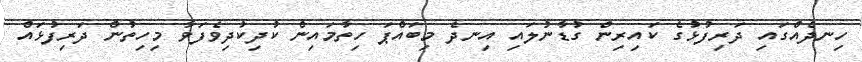
ހިނދެއްގައި ދަރިފުޅުގެ ކައިރިން ގުޑާނުލައި އިނދެ މިބައްޕަ ހިތާމައިން ކުދިކުދިވެފަވާ މިހިތުން ދަރިފުޅައް